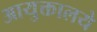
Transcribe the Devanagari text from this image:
आयुक्तालये